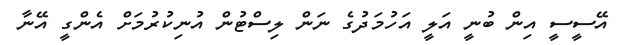
އޭސީސީ އިން ބުނީ އަލީ އަހުމަދުގެ ނަން ލިސްޓުން އުނިކުރުމަށް އެންގީ އޭނާ